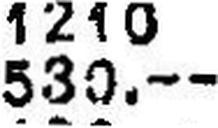
530.--